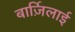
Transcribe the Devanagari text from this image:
बार्ज़िलाई